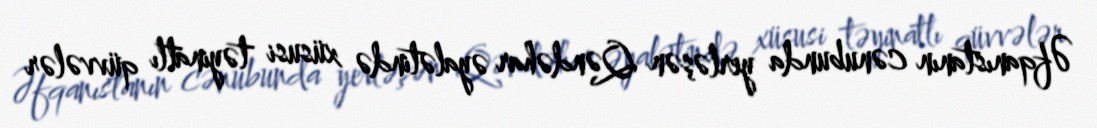
Əfqanıstanın cənubunda yerləşən Qəndəhar əyalətində xüsusi təyinatlı qüvvələr